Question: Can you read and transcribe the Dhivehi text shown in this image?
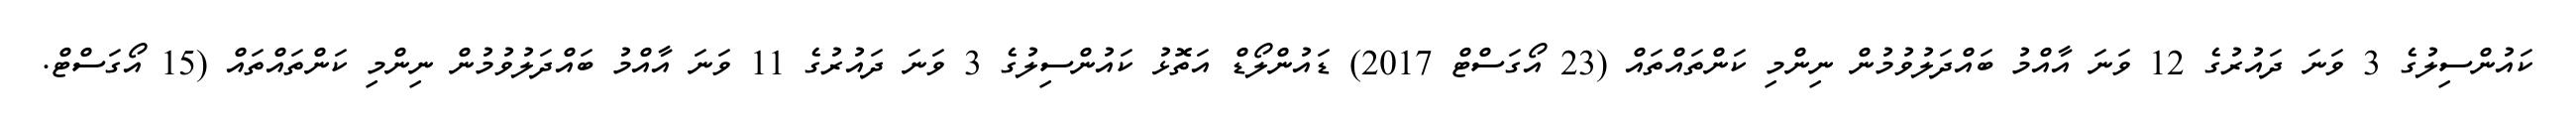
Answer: ކައުންސިލުގެ 3 ވަނަ ދައުރުގެ 12 ވަނަ އާއްމު ބައްދަލުވުމުން ނިންމި ކަންތައްތައް (23 އޯގަސްޓް 2017) ޑައުންލޯޑް އަތޮޅު ކައުންސިލުގެ 3 ވަނަ ދައުރުގެ 11 ވަނަ އާއްމު ބައްދަލުވުމުން ނިންމި ކަންތައްތައް (15 އޯގަސްޓް.